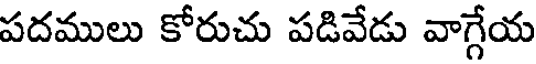
పదములు కోరుచు పడివేడు వాగ్గేయ